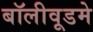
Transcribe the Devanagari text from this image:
बॉलीवूडमे